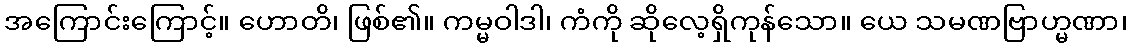
အကြောင်းကြောင့်။ ဟောတိ၊ ဖြစ်၏။ ကမ္မဝါဒါ၊ ကံကို ဆိုလေ့ရှိကုန်သော။ ယေ သမဏဗြာဟ္မဏာ၊